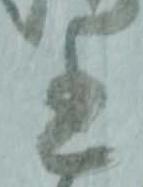
書